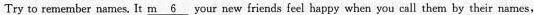
Try to remember names.It \underline{m 6} your new friends feel happy when you call them by their names,